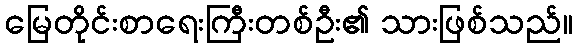
မြေတိုင်းစာရေးကြီးတစ်ဦး၏ သားဖြစ်သည်။